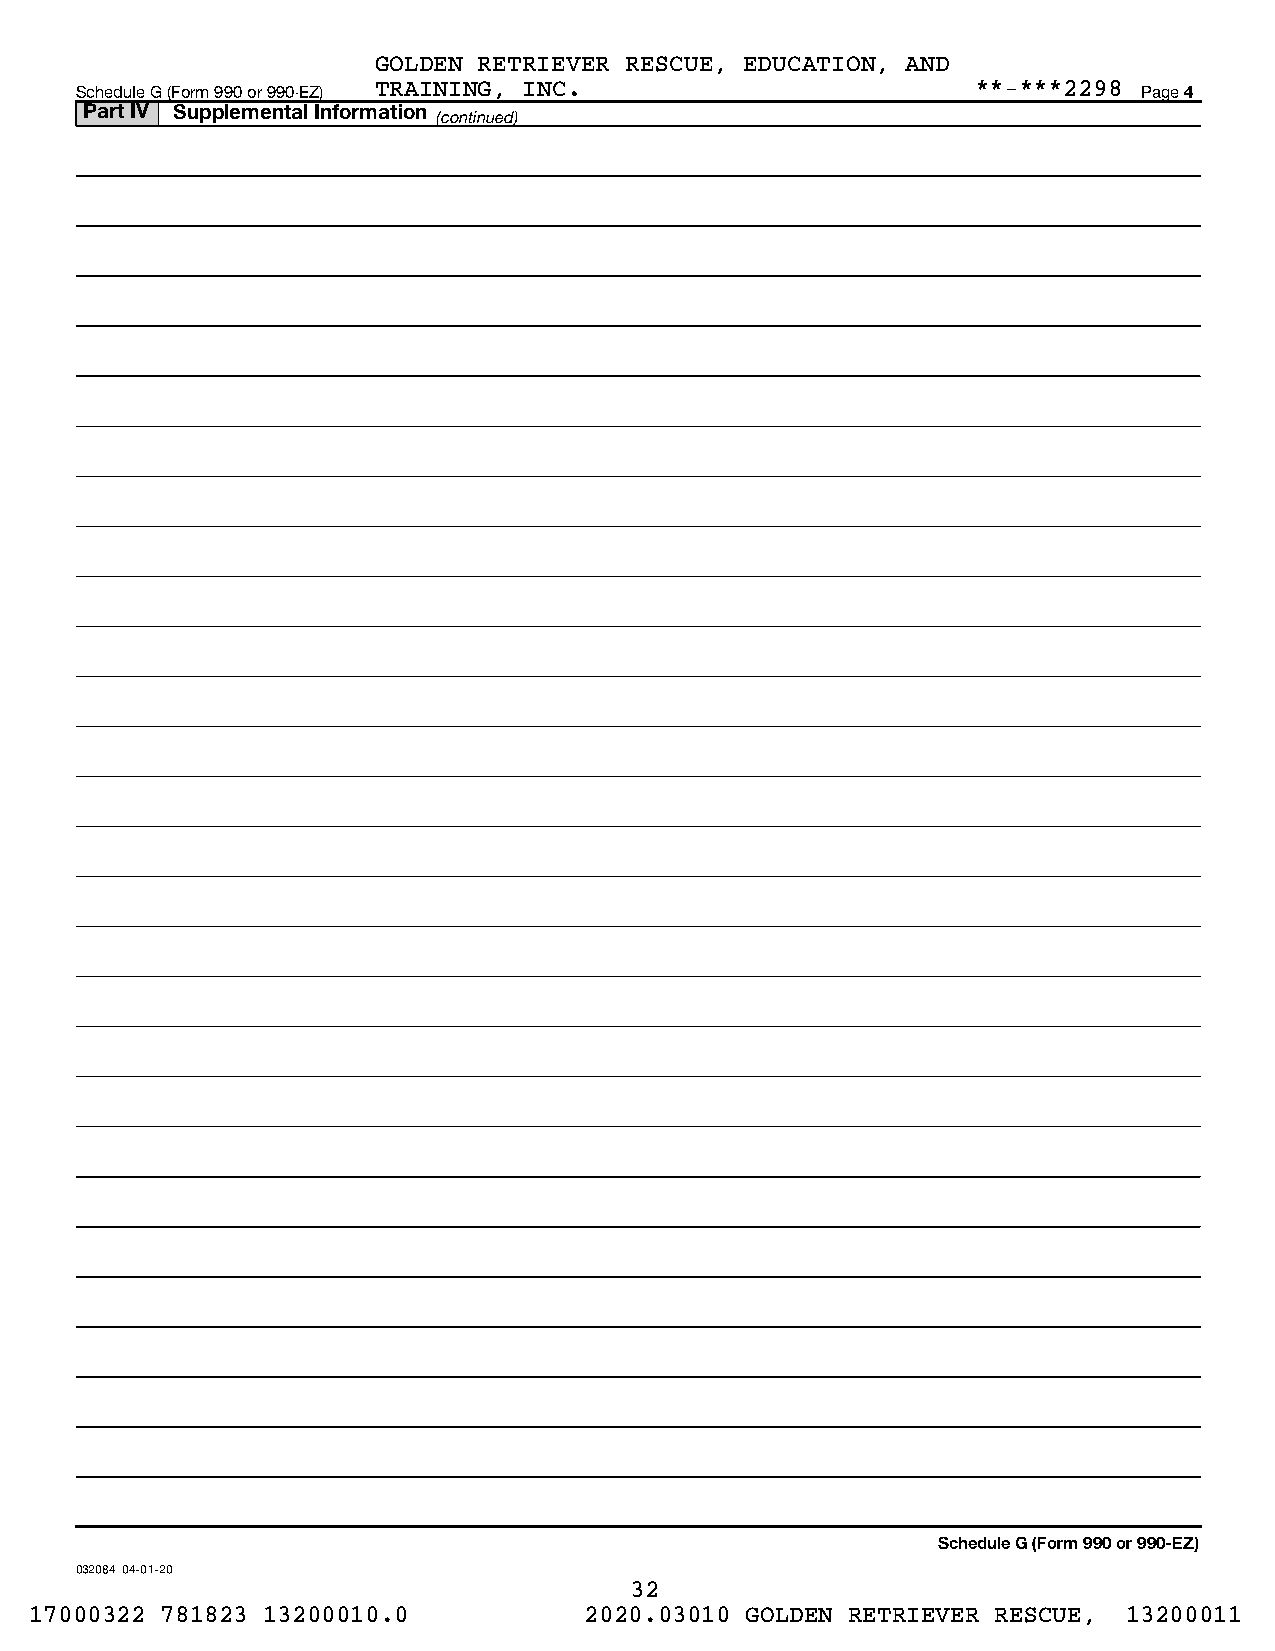
GOLDEN RETRIEVER RESCUE, EDUCATION, AND
 Schedule G (Form 990 or 990-EZ) TRAINING, INC.              **-***2298 Page 4
 Part IV Supplemental Information
 (continued)
 Schedule G (Form 990 or 990-EZ)
 032084 04-01-20
 32
 17000322 781823 13200010.0           2020.03010 GOLDEN RETRIEVER RESCUE, 13200011